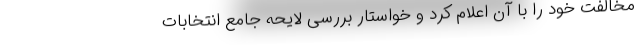
مخالفت خود را با آن اعلام کرد و خواستار بررسی لایحه جامع انتخابات